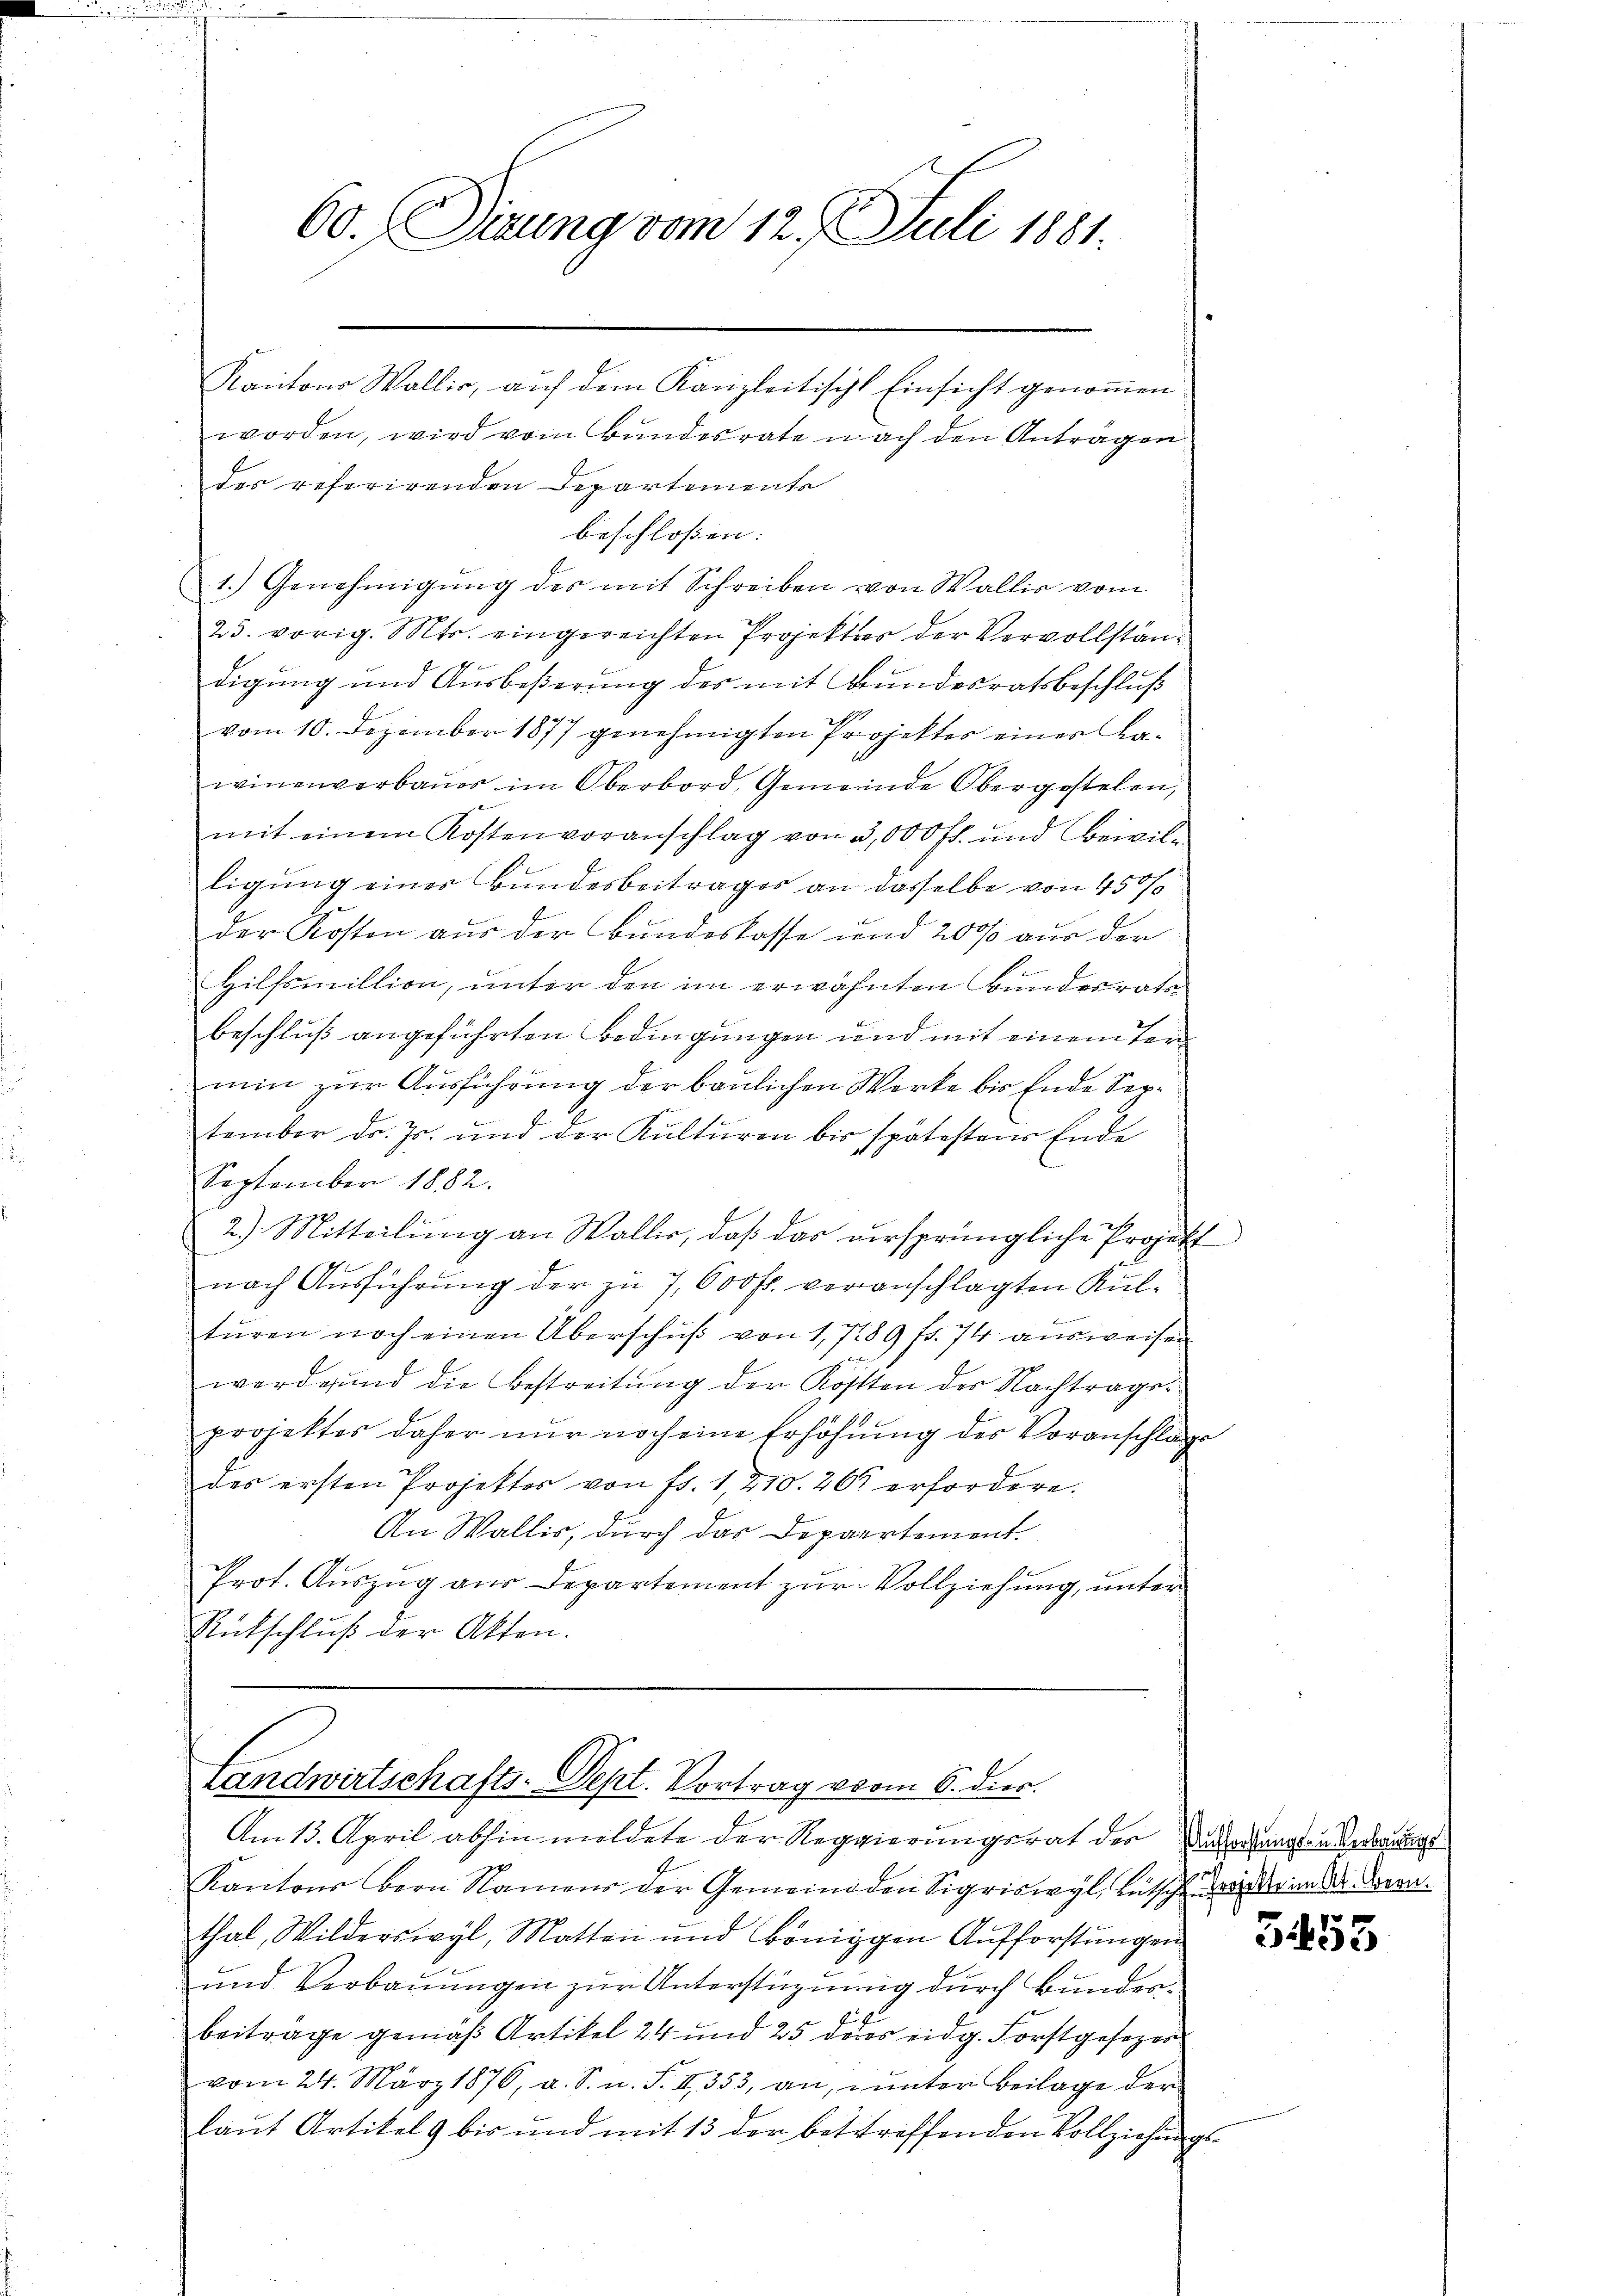
60. Dirung vom 12. Juli 1881.

Kantons Wallis, auf dem Kanzleitischt Einsicht genommen
worden, wird vom Bundesrate nach den Anträgen
des referirenden Departements
beschloßen:
1.) Genehmigŭng des mit Schreiben von Wallis vom
25. vorig. Mts. eingereichten Projektor der Vervollständigung und Ausbeßerung des mit Bundesratsbeschluß
vom 10. Dezember 1877 genehmigten Projekter einer Kawinenverbaŭes im Oberbord, Gemeinde Obergestelen,
mit einem Kostenvoranschlag von 3,000 fl. und Beivil-
ligung eines Bundesbeitrages an dasselbe von 450 f
der Kosten aus der Bundeslasse und 2000 aus den
Hilfsmillion, unter den im erwähnten Bundesrate
beschluß angeführten Bedingungen und mit einem Termin zur Ausführung der baulichen Werke bis Ende September dr. Js. und der Kulturen bis spätestens Ende
September 1882.
g
2.) Mitteilung an Wallis, daß das versprüngliche Projekt
nach Ausführung der zu 7,600 fr. veranschlagten Kultŭren noch einen Überschŭβ von 1,7289 fr. 74 aŭsweisen
worderŭnd die Bestreitŭng der Köstten der Nachtrage
projektes daher nur noch eine Erhöhung des Voranschlage
des ersten Projektes von fr. 1, 210. 261 erfordere.
An Wallis, durch das Departement
Prot. Auszug aus Departement zur Vollziehung, unter
Rütschluß der Akten.

Landwirtschafts-Dept. Vortrag vom 6. dies
Am 13. April abhin meldete der Reggierungsrat der Abredungen Orderungs

Kantons Bern Namens der Gemeinden Sigriswyl, Lütsche darin der Bern.
thal, Wilderswyl, Matten und königgen Aufforstungen
und Verbauungen zur Unterstüzung durch Bunderbeitrage gemäß Artikel 24 und 25 deres eidg. Forstgesezer
vom 24. März 1876, a. S. u. S. II 353, an, unter Beilage der
laŭt Artikel bis und mit 13 der betreffenden Vollziehungs-

3455